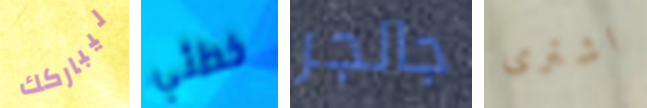
ليباركك خطئي جالجر اشترى